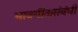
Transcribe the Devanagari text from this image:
भावगीतासंबंधी